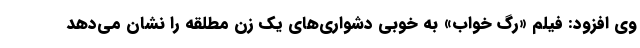
وی افزود: فیلم «رگ خواب» به خوبی دشواری‌های یک زن مطلقه را نشان می‌دهد